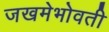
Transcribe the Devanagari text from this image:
जखमेभोवती